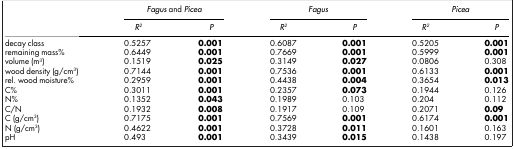
|  | <COLSPAN=2> Fagus and Picea | <COLSPAN=2> Fagus | <COLSPAN=2> Picea |
 |  | R2 | P | R2 | P | R2 | P |
 | --- | --- | --- | --- | --- | --- | --- |
 | decay class | 0.5257 | 0.001 | 0.6087 | 0.001 | 0.5205 | 0.001 |
 | remaining mass% | 0.6449 | 0.001 | 0.7669 | 0.001 | 0.5999 | 0.001 |
 | volume (m3) | 0.1519 | 0.025 | 0.3149 | 0.027 | 0.0806 | 0.308 |
 | wood density (g/cm3) | 0.7144 | 0.001 | 0.7536 | 0.001 | 0.6133 | 0.001 |
 | rel. wood moisture% | 0.2959 | 0.001 | 0.4438 | 0.004 | 0.3654 | 0.013 |
 | C% | 0.3011 | 0.001 | 0.2357 | 0.073 | 0.1944 | 0.126 |
 | N% | 0.1352 | 0.043 | 0.1989 | 0.103 | 0.204 | 0.112 |
 | C/N | 0.1932 | 0.008 | 0.1917 | 0.109 | 0.2071 | 0.09 |
 | C (g/cm3) | 0.7175 | 0.001 | 0.7569 | 0.001 | 0.6174 | 0.001 |
 | N (g/cm3) | 0.4622 | 0.001 | 0.3728 | 0.011 | 0.1601 | 0.163 |
 | pH | 0.493 | 0.001 | 0.3439 | 0.015 | 0.1438 | 0.197 |